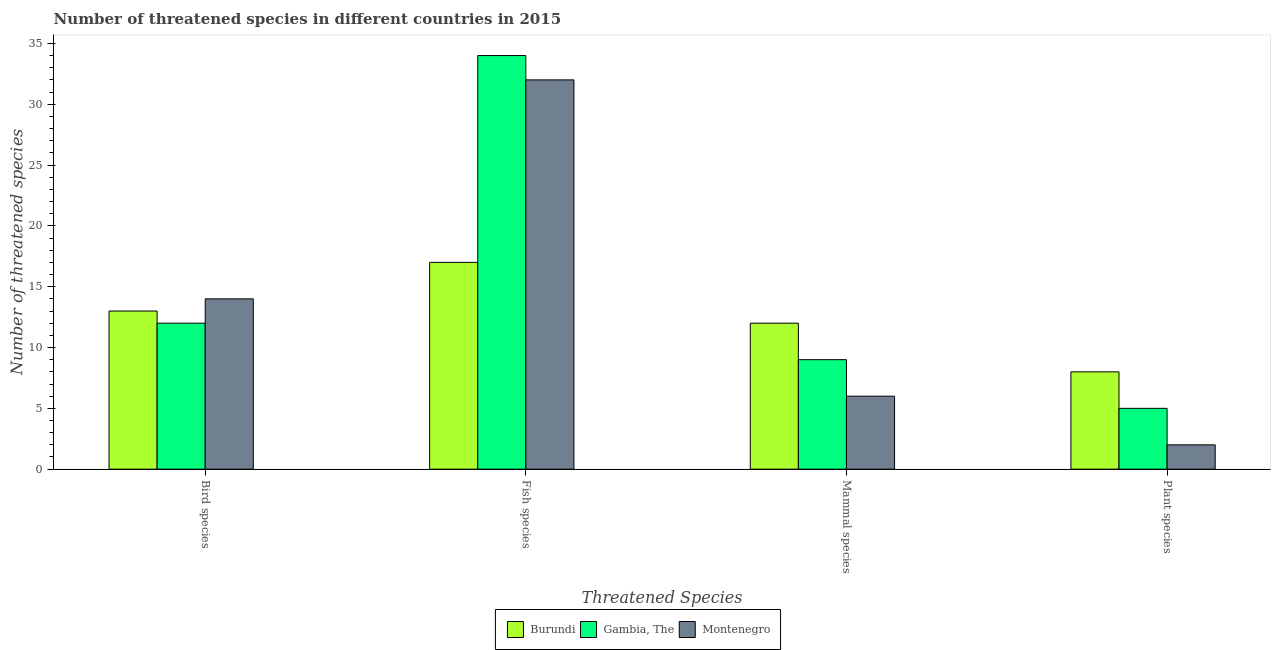
| Threatened Species | Burundi | Gambia, The | Montenegro |
 | --- | --- | --- | --- |
 | Bird species | 13 | 12 | 14 |
 | Fish species | 17 | 34 | 32 |
 | Mammal species | 12 | 9 | 6 |
 | Plant species | 8 | 5 | 2 |